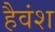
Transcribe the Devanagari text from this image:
हैवंश